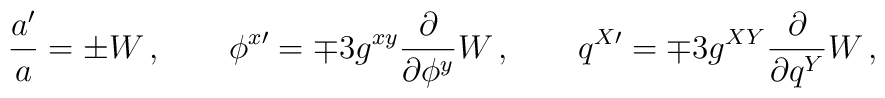
\frac{a'}{a}=\pm  W\,,\qquad  \phi^{x\prime}=\mp 3 g^{xy}\frac{\partial }{\partial \phi ^y} W\,, \qquad  q^{X\prime}=\mp 3 g^{XY}\frac{\partial }{\partial q^Y} W\,,